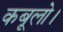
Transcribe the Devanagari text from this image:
कबूलो।